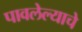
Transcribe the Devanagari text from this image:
पावलेल्याचे